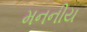
મનનીય